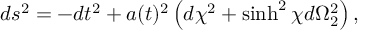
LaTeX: d s ^ { 2 } = - d t ^ { 2 } + a ( t ) ^ { 2 } \left( d \chi ^ { 2 } + \sinh ^ { 2 } \chi d \Omega _ { 2 } ^ { 2 } \right) ,